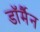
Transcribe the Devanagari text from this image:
डॉर्मैन